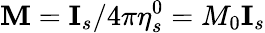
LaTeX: \mathbf{M}=\mathbf{I}_{s}/4\pi\eta_{s}^{0}=M_{0}\mathbf{I}_{s}